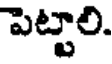
పెట్టాలి.